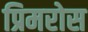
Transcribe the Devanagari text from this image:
प्रिमरोस